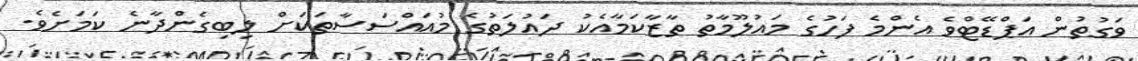
ވަގުތުން އަޕްޑޭޓްވެ އެންމެ ފަހުގެ މައުލޫމާތު ތާޒާކަމާއެކު ދައުލަތުގެ މުއައްސަސާތަކަށް ލިބިގެންދާނެ ކަމަށެވެ.